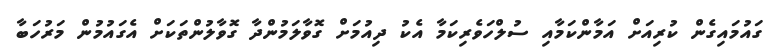
ގައުމައިގެން ކުރިއަށް އަމާންކަމާއި ސުލްހަވެރިކަމާ އެކު ދިއުމަށް ގޮވާލަމުންދާ ގޮވާލުންތަކަށް އެގައުމުން މަރުހަބާ